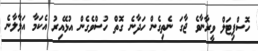
ހޮސްޕިޓަލް ވީރާނާވެ ޖާގަ ނެތިގެން ހަދާނެ ގޮތް ހުސްވެގެން އުޅޭއިރު އެކަމާ އަޅާލާނެ